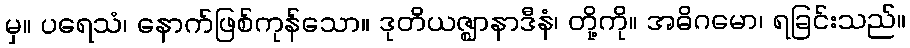
မှ။ ပရေသံ၊ နောက်ဖြစ်ကုန်သော။ ဒုတိယဇ္ဈာနာဒီနံ၊ တို့ကို။ အဓိဂမော၊ ရခြင်းသည်။